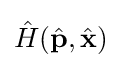
{\hat {H}}({\hat {\mathbf {p} }},{\hat {\mathbf {x} }})